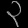
Digit: ၃